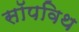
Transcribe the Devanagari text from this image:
सॉपविथ